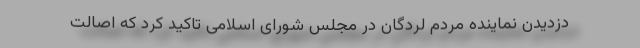
دزدیدن نماینده مردم لردگان در مجلس شورای اسلامی تاکید کرد که اصالت